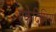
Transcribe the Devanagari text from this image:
एकेदिमिया